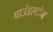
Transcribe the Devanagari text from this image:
पाउंडस्टोन